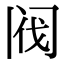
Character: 阀